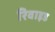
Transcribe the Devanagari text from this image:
रिवाइड